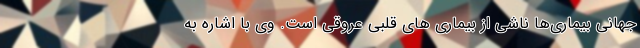
جهانی بیماری‌ها ناشی از بیماری های قلبی عروقی است. وی با اشاره به